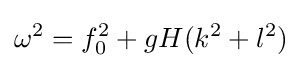
\omega ^{2}=f_{0}^{2}+gH(k^{2}+l^{2})